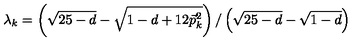
\lambda _ { k } = \left( \sqrt { 2 5 - d } - \sqrt { 1 - d + 1 2 \vec { p } _ { k } ^ { 2 } } \right) / \left( \sqrt { 2 5 - d } - \sqrt { 1 - d } \right)